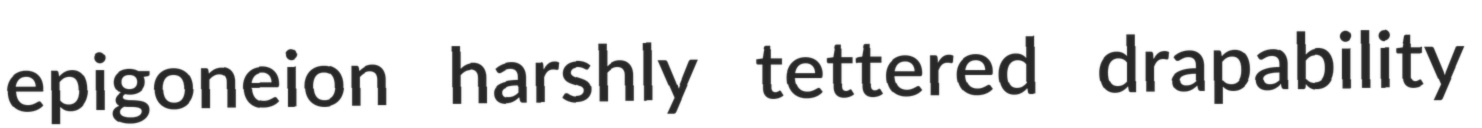
epigoneion harshly tettered drapability